Civil Veterinary Dept. Bombay admin report 1932-41 - 1932-1941
Year: 1932
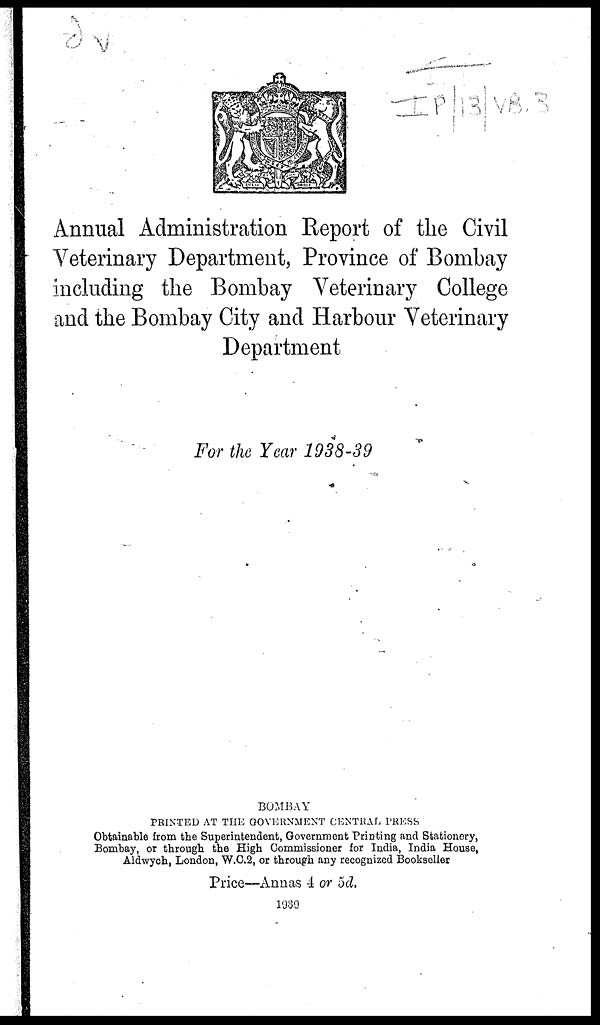
Annual Administration Report of the Civil
Veterinary Department, Province of Bombay
including the Bombay Veterinary College
and the Bombay City and Harbour Veterinary
Department
For the Year 1938-39
BOMBAY
PRINTED AT THE GOVERNMENT CENTRAL PRESS
Obtainable from the Superintendent, Government Printing and Stationery,
Bombay, or through the High Commissioner for India, India House,
Aldwych, London, W.C.2, or through any recognized Bookseller
Price—Annas 4 or 5d.
1939